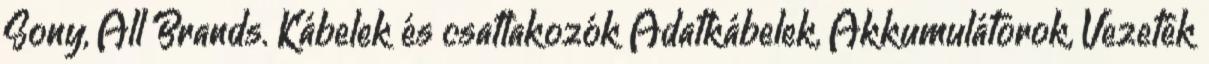
Sony, All Brands. Kábelek és csatlakozók Adatkábelek, Akkumulátorok, Vezeték